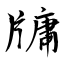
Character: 牗